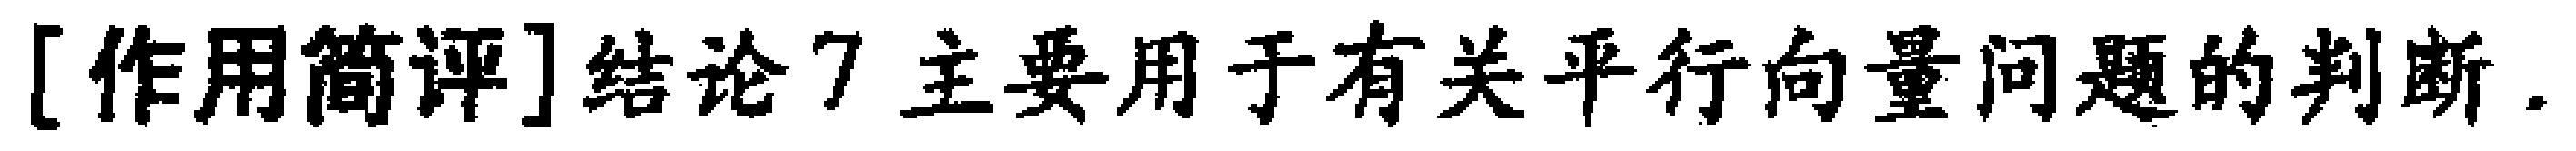
[作用简评]结论7主要用于有关平行向量问题的判断.